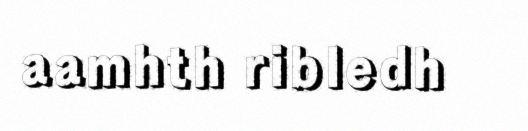
aamhth ribledh